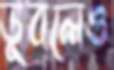
ডুবলেও